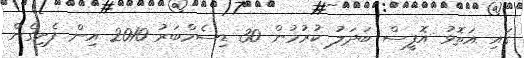
ގައި އަތޮޅު އޮފީސް ބަދަލު ކުރުމުން 30 ޑިސެމްބަރު 2010 އިން ފެށިގެން